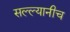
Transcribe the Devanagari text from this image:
सल्ल्यानीच